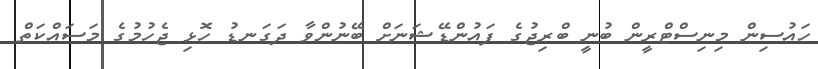
ހައުސިން މިނިސްޓްރީން ބުނީ ބްރިޖުގެ ފައުންޑޭޝަނަށް ބޭނުންވާ ދަގަނޑު ހޮޅި ޖެހުމުގެ މަސައްކަތް